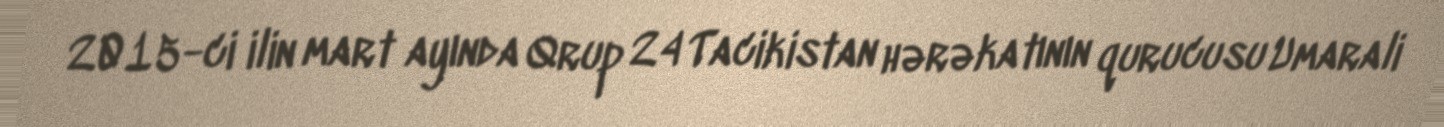
2015-ci ilin mart ayında Qrup 24 Tacikistan hərəkatının qurucusu Umarali